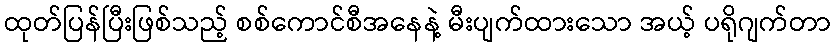
ထုတ်ပြန်ပြီးဖြစ်သည့် စစ်ကောင်စီအနေနဲ့ မီးပျက်ထားသော အယ့် ပရိုဂျက်တာ